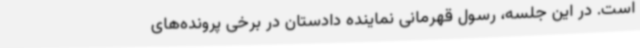
است. در این جلسه، رسول قهرمانی نماینده دادستان در برخی پرونده‌های